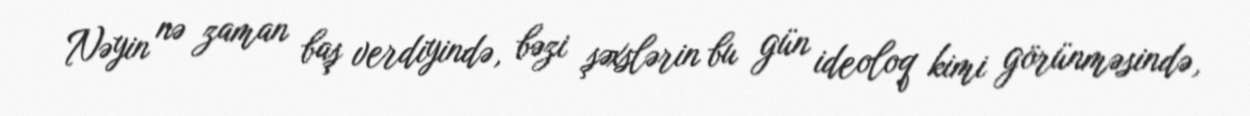
Nəyin nə zaman baş verdiyində, bəzi şəxslərin bu gün ideoloq kimi görünməsində,